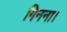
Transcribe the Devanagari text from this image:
गिनना।